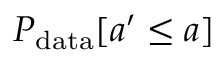
P _ { \mathrm { d a t a } } [ a ^ { \prime } \leq a ]